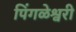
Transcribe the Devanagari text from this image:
पिंगळेश्वरी